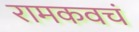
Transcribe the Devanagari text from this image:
रामकवचं